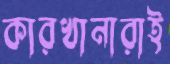
কারখানারাই